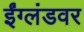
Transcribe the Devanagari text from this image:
ईंग्लंडवर